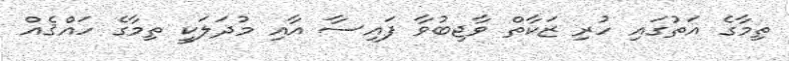
ތިމާގެ އަތުގައި ހުރި ޒަކާތް ވާޖިބުވާ ފައިސާ އާއި މުދަލަކީ ތިމާގެ ހައްޤެއް